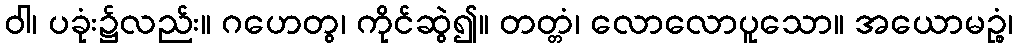
ဝါ၊ ပခုံး၌လည်း။ ဂဟေတွ၊ ကိုင်ဆွဲ၍။ တတ္တံ၊ လောလောပူသော။ အယောမဉ္စံ၊